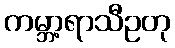
ကမ္ဘာ့ရာသီဥတု